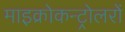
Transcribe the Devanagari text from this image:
माइक्रोकन्ट्रोलरों